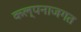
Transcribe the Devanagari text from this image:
कल्पनाजगत